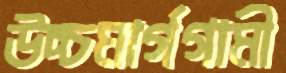
উচ্চমার্গগামী